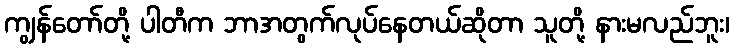
ကျွန်တော်တို့ ပါတီက ဘာအတွက်လုပ်နေတယ်ဆိုတာ သူတို့ နားမလည်ဘူး၊